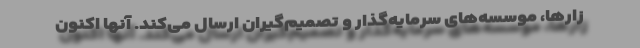
زارها، موسسه‌های سرمایه‌گذار و تصمیم‌گیران ارسال می‌کند. آنها اکنون